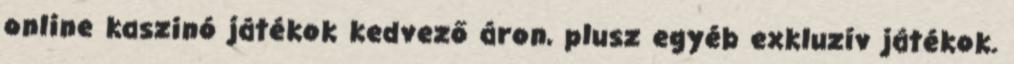
online kaszinó játékok kedvező áron, plusz egyéb exkluzív játékok.